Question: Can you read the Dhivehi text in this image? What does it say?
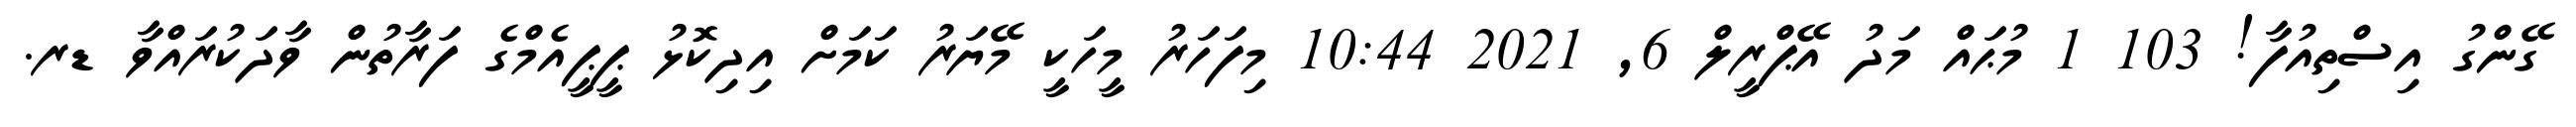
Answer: ގޭންގު އިސްތިއުފާ! 103 1 މުޙައް މަދު އޭޕްރީލް 6, 2021 10:44 މިފަހަރު މީހަކީ މޭޔަރު ކަމަށް އިދިކޮޅު ޕީޕީއެމްގެ ފަރާތުން ވާދަކުރައްވާ ޑރ.